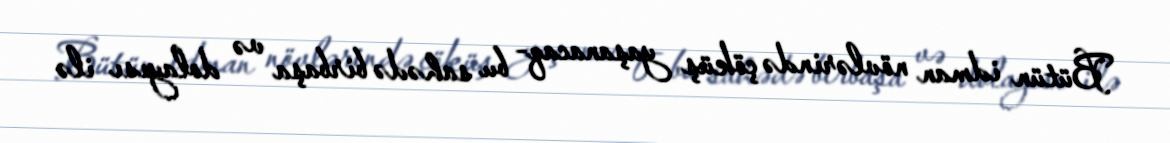
Bütün idman növlərində çöküş yaşanacaq- bu sahədə birbaşa və dolayısı ilə